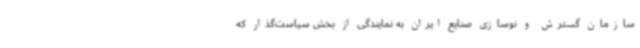
سازمان گسترش و نوسازی صنایع ایران به نمایندگی از بخش سیاست‌گذار که